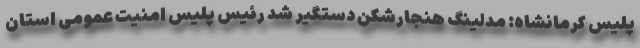
پلیس کرمانشاه: مدلینگ هنجارشکن دستگیر شد رئیس پلیس امنیت عمومی استان